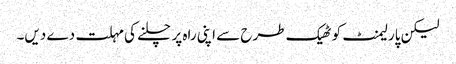
لیکن پارلیمنٹ کو ٹھیک طرح سے اپنی راہ پر چلنے کی مہلت دے دیں۔